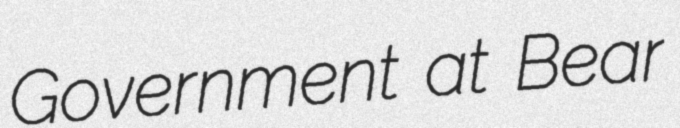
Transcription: Government at Bear